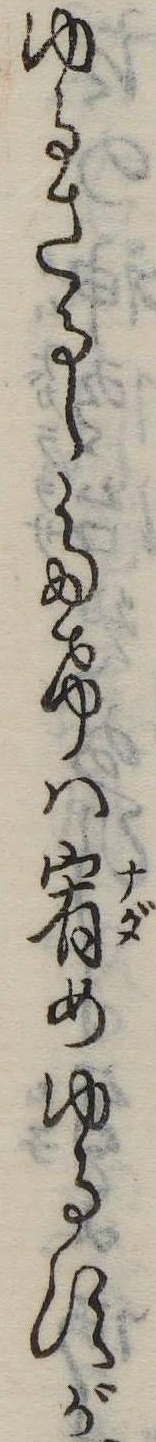
ゆるさるゝたけは宥めゆるすが